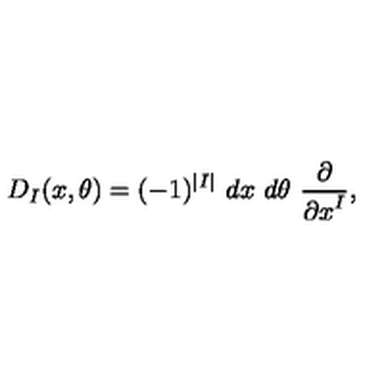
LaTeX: D _ { I } ( x , \theta ) = ( - 1 ) ^ { | I | } \ d x \ d \theta \ { \frac { \partial } { { \partial x } ^ { I } } } ,